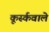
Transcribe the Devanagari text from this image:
कूर्स्कवाले